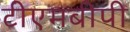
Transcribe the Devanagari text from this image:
टीएमबीपी